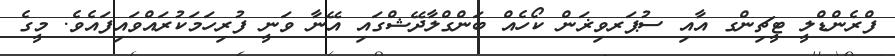
ފްރެންޑްލީ ޓީޗިންގ އާއި ސުޕަރވިޜަން ކޯހެއް ބަންގްލާދޭޝްގައި އޭނާ ވަނީ ފުރިހަމަކުރައްވައިފައެވެ. މީގެ